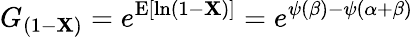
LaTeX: G_{(1-\mathbf{X})}=e^{\operatorname{E}[\ln(1-\mathbf{X})]}=e^{\psi(\beta)-\psi(\alpha+\beta)}